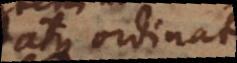
atque ordinatae